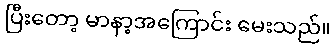
ပြီးတော့ မာနာ့အကြောင်း မေးသည်။